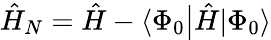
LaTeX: \hat{H}_{N}=\hat{H}-\langle\Phi_{0}\big|\hat{H}|\Phi_{0}\rangle